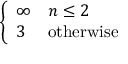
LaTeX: \left\{ { \begin{array} { l l } { \infty } & { n \leq 2 } \\ { 3 } & { { \mathrm { o t h e r w i s e } } } \end{array} } \right.